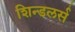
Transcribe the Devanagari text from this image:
शिन्डलर्स